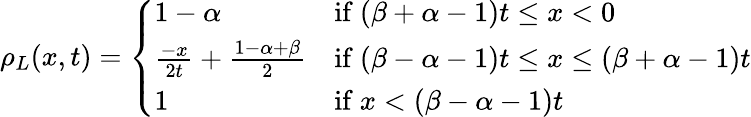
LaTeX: \rho_{L}(x,t)=\left\{ \begin{array}{ll}{1-\alpha}&{\mathrm{if~}(\beta+\alpha-1)t\leq x<0}\\ {\frac{-x}{2t}+\frac{1-\alpha+\beta}{2}}&{\mathrm{if~}(\beta-\alpha-1)t\leq x\leq(\beta+\alpha-1)t}\\ {1}&{\mathrm{if~}x<(\beta-\alpha-1)t}\end{array}\right.